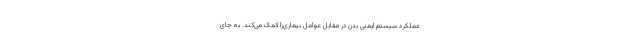
عملکرد سیستم ایمنی‌ بدن در مقابل عوامل بیماری‌زا کمک می‌کند. به جای